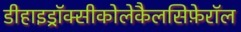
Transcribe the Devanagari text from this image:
डीहाइड्रॉक्सीकोलेकैलसिफ़ेरॉल